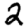
Digit: 2